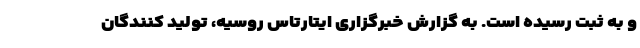
و به ثبت رسیده است. به گزارش خبرگزاری ایتارتاس روسیه، تولید کنندگان